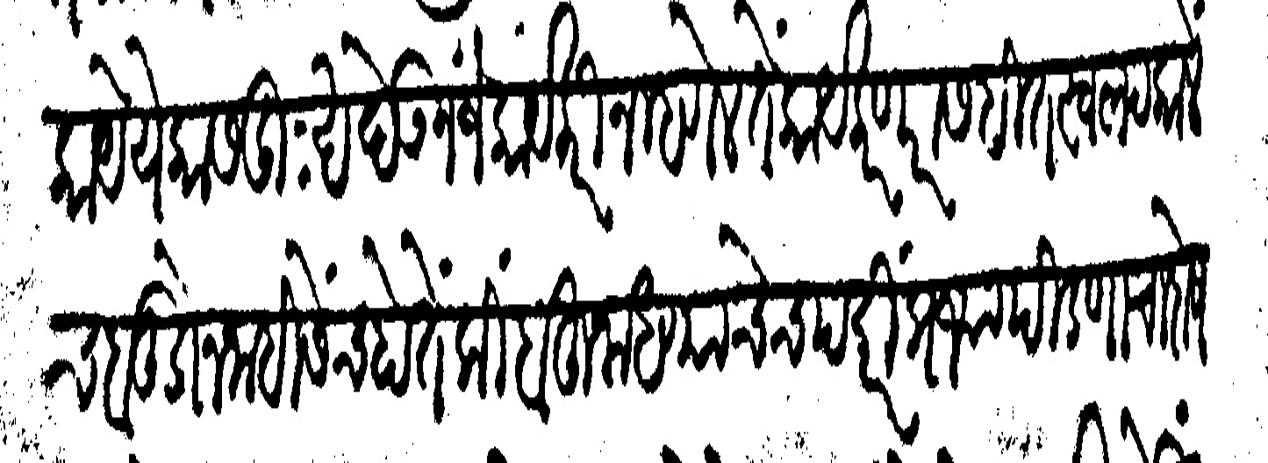
Transliteration (Devanagari): काये येकास दूःख देऊन जे कार्य करीन म्हणेल ते कार्य करणारा सहीत स्वल्पकाले च बूडोन नाहीसेंच होतें कींबहूना धण्याचेच पदरी प्रज्यापीडणाचा दोष